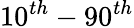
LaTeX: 10^{th}-90^{th}